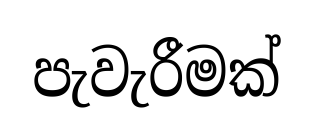
පැවැරීමක්